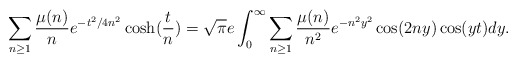
\begin{align*} \sum_{n\ge1}\frac{\mu(n)}{n}e^{-t^2/{4n^2}}\cosh(\frac{t}{n})=\sqrt{\pi}e\int_{0}^{\infty}\sum_{n\ge1}\frac{\mu(n)}{n^2}e^{-n^2 y^2}\cos(2n y)\cos(yt)dy.\end{align*}